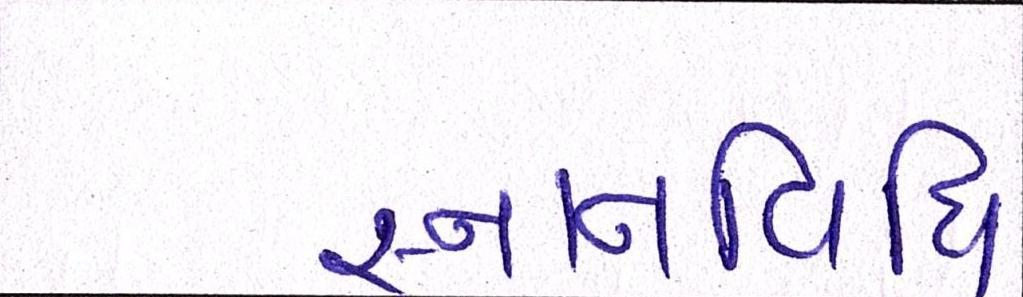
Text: સ્નાનવિધિ